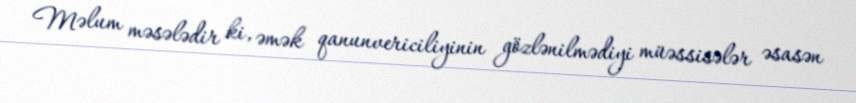
Məlum məsələdir ki, əmək qanunvericiliyinin gözlənilmədiyi müəssisələr əsasən